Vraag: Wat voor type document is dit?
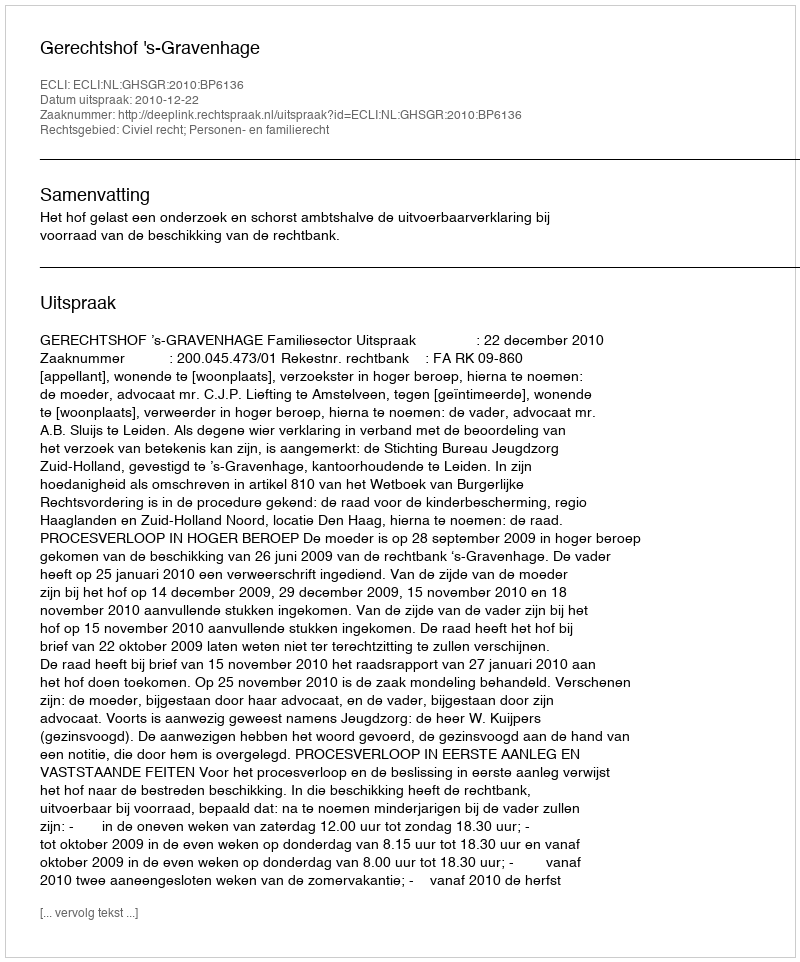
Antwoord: Uitspraak